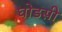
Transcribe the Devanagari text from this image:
घोडसी